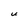
Character: U